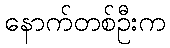
နောက်တစ်ဦးက